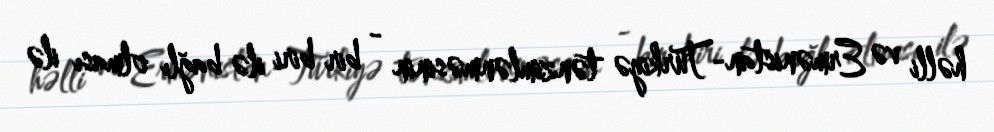
həlli və Ermənistan-Türkiyə tənzimlənməsinin - bir biri ilə bağlı olması ilə